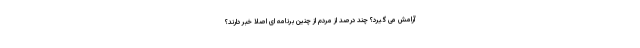
آرامش می گیرد؟ چند درصد از مردم از چنین برنامه ای اصلا خبر دارند؟